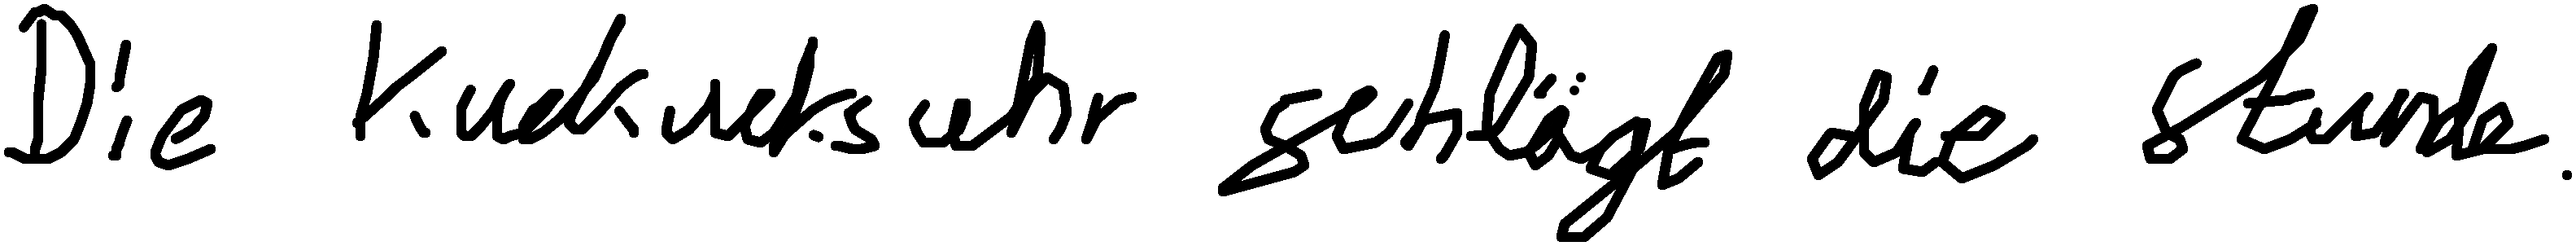
Die Kuckucksuhr schlägt die Stunde.